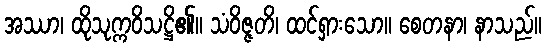
အဿာ၊ ထိုသုက္ကဝိသဋ္ဌိ၏။ သံဝိဇ္ဇတိ၊ ထင်ရှားသော။ စေတနာ၊ နာသည်။